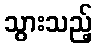
သွားသည့်